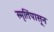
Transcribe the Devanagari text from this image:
स्मृतिंपासून